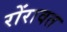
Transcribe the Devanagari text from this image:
रोंरावत